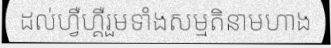
ដល់ហ្វឺហ្គឺរួមទាំងសម្មតិនាមហាង